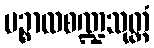
ပဉ္စာလစဏ္ဍသုတ္တံ